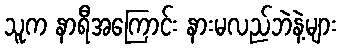
သူက နာရီအကြောင်း နားမလည်ဘဲနဲ့များ